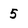
Character: 5